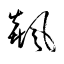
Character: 飆